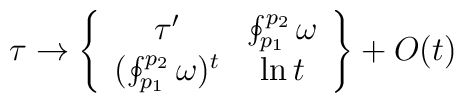
\tau\to \left\{\begin{array}{cc}\tau^{\prime} & \oint_{p_1}^{p_2}\omega \\ (\oint_{p_1}^{p_2}\omega)^t & \ln t \\\end{array}\right \} + O(t)